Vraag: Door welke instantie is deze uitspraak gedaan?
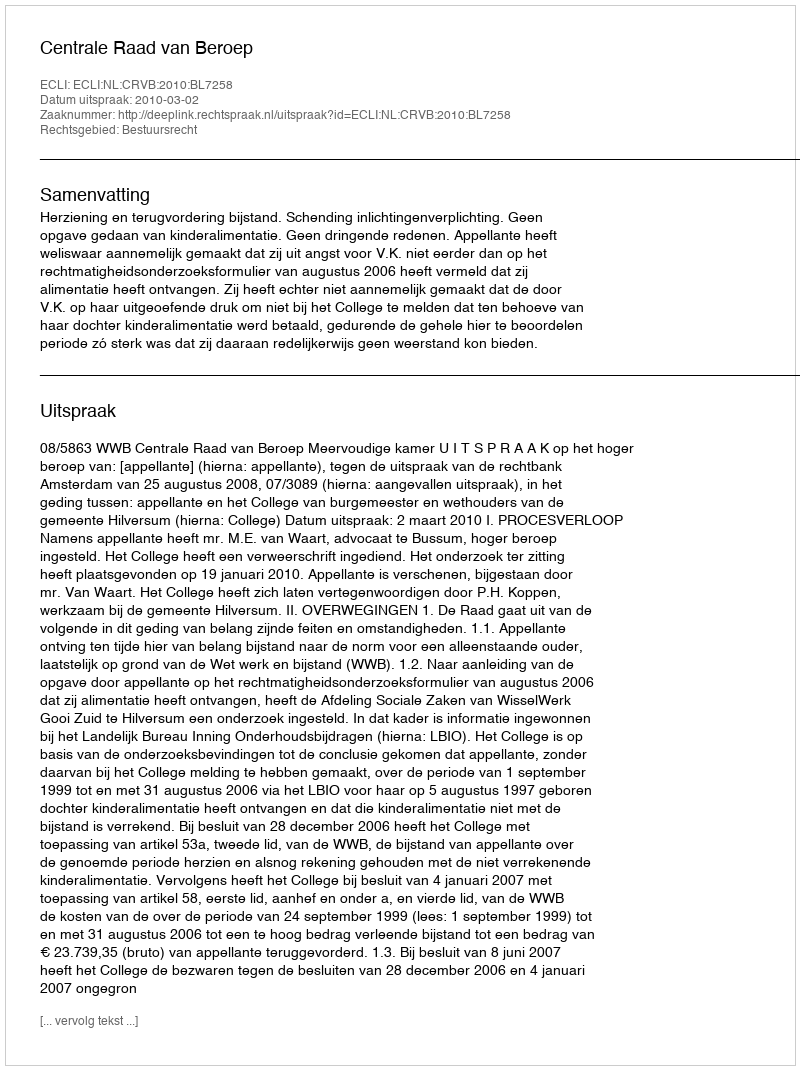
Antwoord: Centrale Raad van Beroep